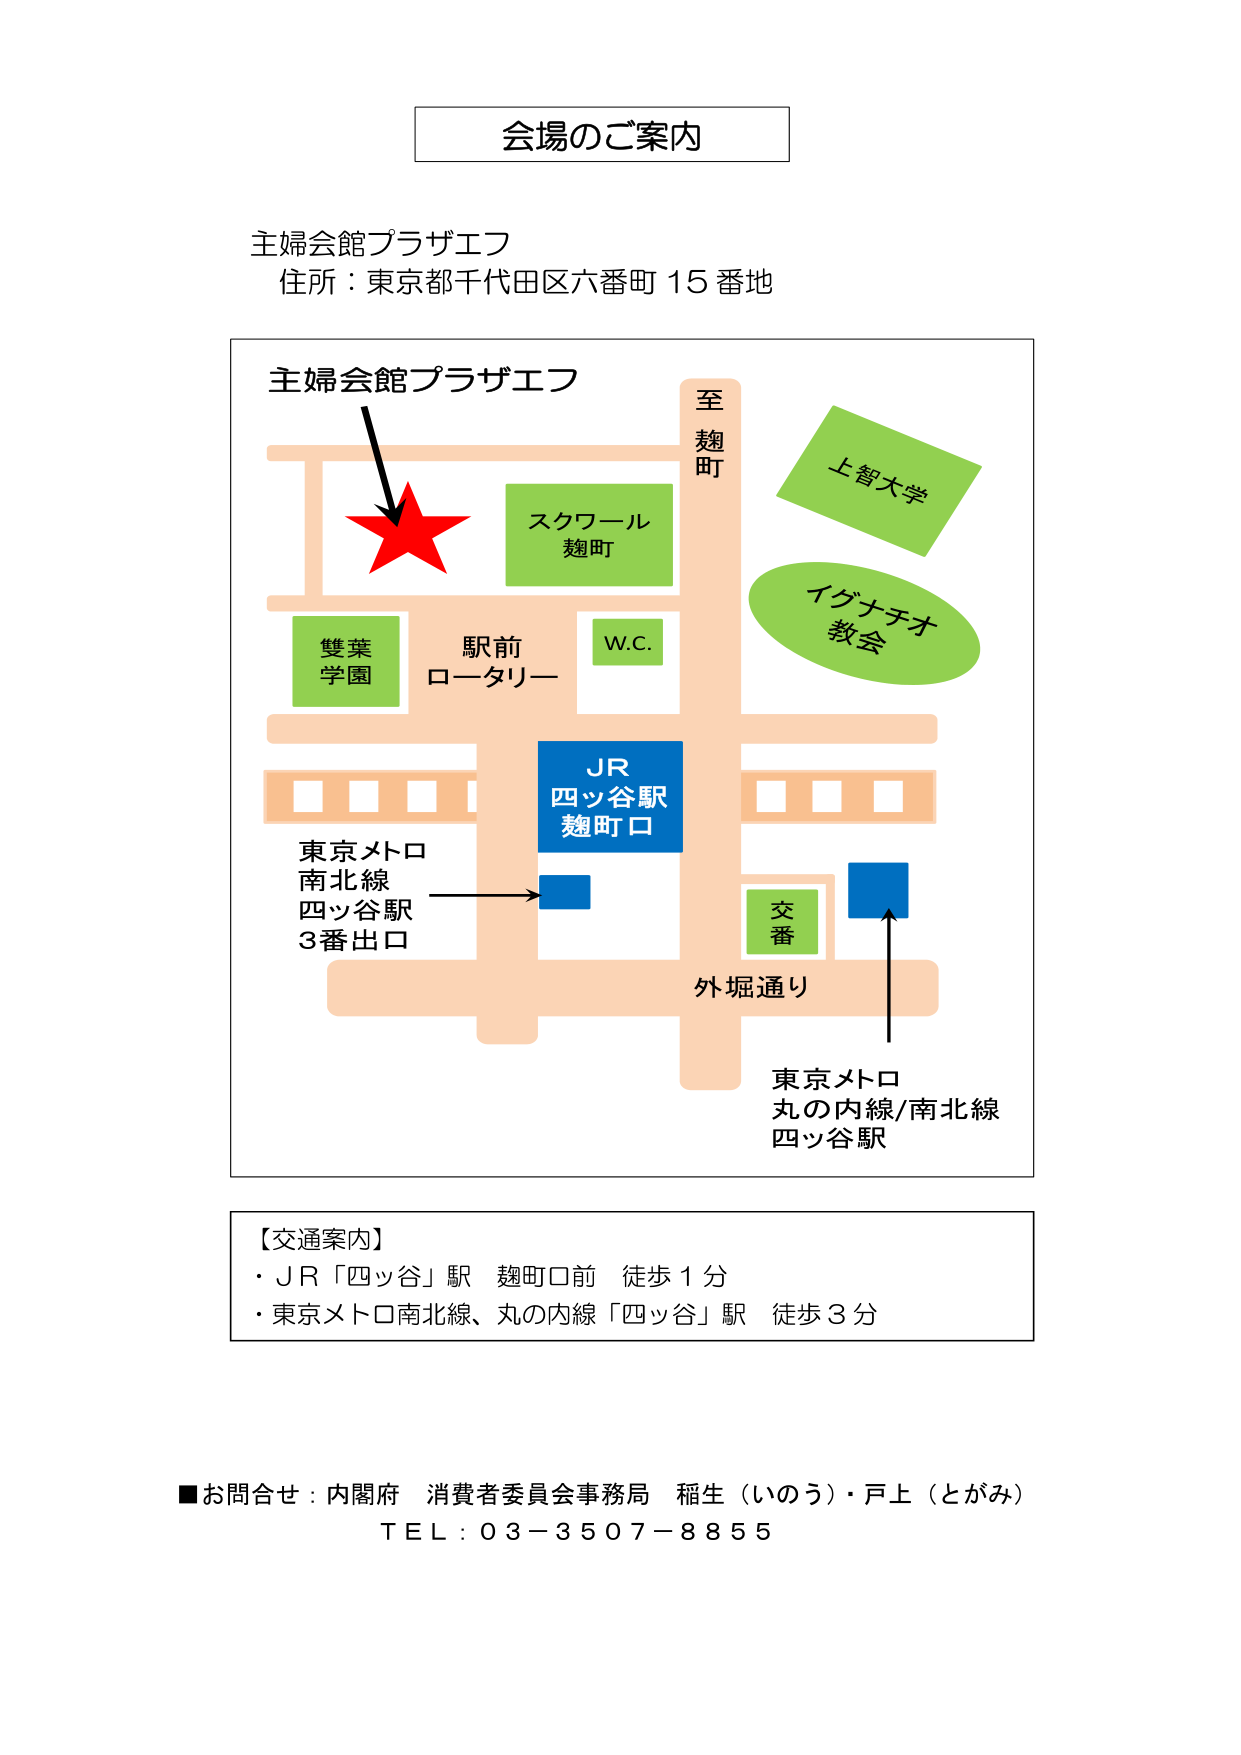
会場のご案内

主婦会館プラザエフ
住所：東京都千代田区六番町15番地

主婦会館プラザエフ
至
麹町
スクワール
麹町
上智大学
イグナチオ
教会
W.C.
駅前
ロータリー
双葉
学園
JR
四ッ谷駅
麹町口
東京メトロ
南北線
四ッ谷駅
3番出口
交番
外堀通り
東京メトロ
丸の内線/南北線
四ッ谷駅

【交通案内】
・JR「四ッ谷」駅 麹町口前 徒歩1分
・東京メトロ南北線、丸の内線「四ッ谷」駅 徒歩3分

■お問合せ：内閣府 消費者委員会事務局 稲生（いのう）・戸上（とがみ）
ＴＥＬ：０３－３５０７－８８５５